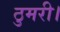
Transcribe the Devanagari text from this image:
ठुमरी।